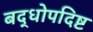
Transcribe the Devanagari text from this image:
बद्धोपदिष्ट